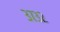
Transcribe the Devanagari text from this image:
३७३२